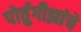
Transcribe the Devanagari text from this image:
पोर्तुगीझांचे